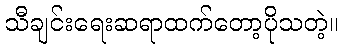
သီချင်းရေးဆရာထက်တော့ပိုသတဲ့။